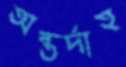
অন্তর্দাহ